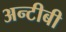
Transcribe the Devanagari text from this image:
अन्टीबी